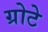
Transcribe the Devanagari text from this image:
ग्रोटे